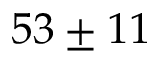
5 3 \pm 1 1